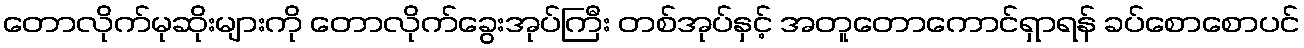
တောလိုက်မုဆိုးများကို တောလိုက်ခွေးအုပ်ကြီး တစ်အုပ်နှင့် အတူတောကောင်ရှာရန် ခပ်စောစောပင်